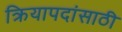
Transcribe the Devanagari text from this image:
क्रियापदांसाठी